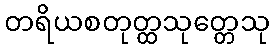
တရိယစတုတ္ထသုတ္တေသု